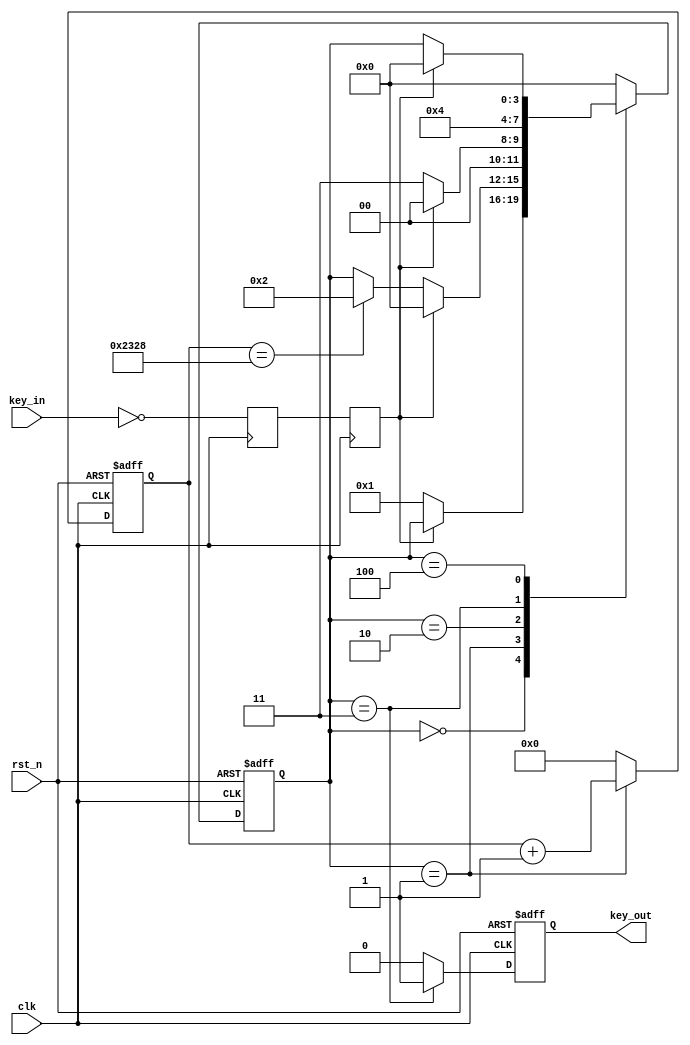
module key_xd(
		input clk,
		input rst_n,
		input key_in,
		output reg	key_out
		);
reg	[3:0] curr_st;
reg	[31:0] wait_cnt;
reg		key_in_ff1;
reg		key_in_ff2;
parameter wait_time=9000;
//for sim
//parameter wait_time=8000;
parameter IDLE=4'd0,
					START=4'd1,
					WAIT=4'd2,
					KEY_VALID=4'd3,
					FINISH=4'd4;
always@(posedge clk)key_in_ff1<=~key_in;
always@(posedge clk)key_in_ff2<=key_in_ff1;
always@(posedge clk or negedge rst_n)
	begin
		if(!rst_n)
			curr_st<=IDLE;
		else
			case(curr_st)
				IDLE:
					begin
						if(key_in_ff2==0)
							curr_st<=START;
						else
							;
					end
				START:
					begin
						if(key_in_ff2==1)
							curr_st<=IDLE;
						else if(wait_cnt==wait_time)
							curr_st<=WAIT;
						else
							;
					end
				WAIT:
					begin
						if(key_in_ff2==1)
							curr_st<=IDLE;
						else if(key_in_ff2==0)
							curr_st<=KEY_VALID;
						else
							curr_st<=IDLE;
					end
				KEY_VALID:curr_st<=FINISH;
				FINISH:
					begin
						if(key_in_ff2==1)
							curr_st<=IDLE;
						else
							;
					end
				default:curr_st<=IDLE;
			endcase
	end
	always@(posedge clk or negedge rst_n)
		begin
			if(!rst_n)
				wait_cnt<=0;
			else if(curr_st==START)
				wait_cnt<=wait_cnt+1;
			else
				wait_cnt<=0;
		end
	always@(posedge clk or negedge rst_n)
		begin
			if(!rst_n)
				key_out<=0;
			else if(curr_st==KEY_VALID)
				key_out<=1;
			else
				key_out<=0;
		end
	endmodule